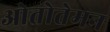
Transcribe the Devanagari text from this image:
ओतोतेमन